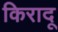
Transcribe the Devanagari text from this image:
किरादू